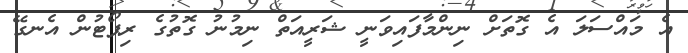
އެ މައްސަލަ އެ ގޮތަށް ނިންމާފައިވަނީ ޝަރީއަތް ނިމުނު ގޮތުގެ ރިޕޯޓުން އެނގޭ